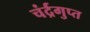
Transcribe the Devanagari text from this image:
चंर्द्रगुप्त